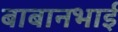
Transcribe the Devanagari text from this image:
बाबानभाई